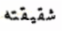
شقيقته